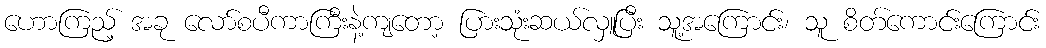
ဟောကြည့် အခု လော်စပီကာကြီးနဲ့ကျတော့ ပြားသုံးဆယ်လှူပြီး သူ့အကြောင်း၊ သူ စိတ်ကောင်းကြောင်း